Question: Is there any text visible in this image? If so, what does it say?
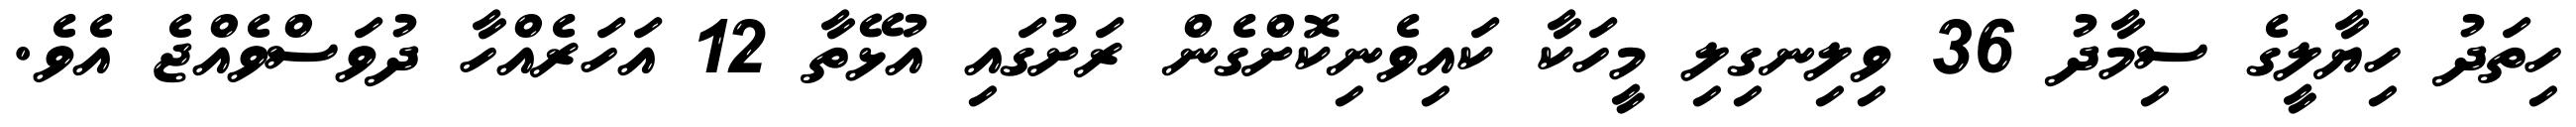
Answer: ހިތަދު ހިޔާލީގެ ސިމާދު 36 ވިލިނގިލި މީހަކާ ކައިވެނިކޮށްގެން ރަށުގައި އުޅޭތާ 12 އަހަރެއްހާ ދުވަސްވެއްޖެ އެވެ.